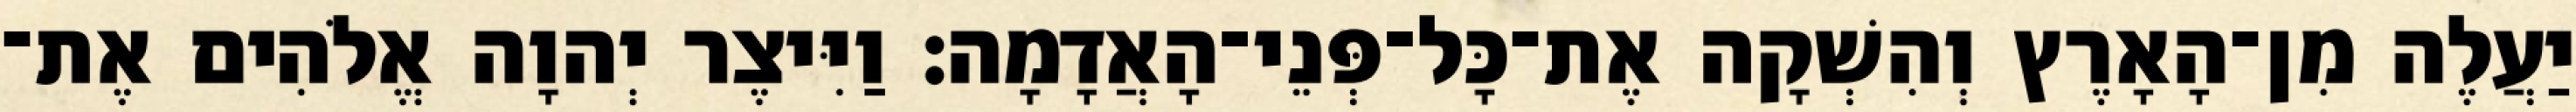
יַעֲלֶה מִן־הָאָרֶץ וְהִשְׁקָה אֶת־כָּל־פְּנֵי־הָאֲדָמָה׃ וַיִּיצֶר יְהוָה אֱלֹהִים אֶת־